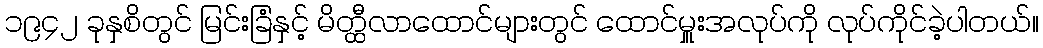
၁၉၄၂ ခုနှစိတွင် မြင်းခြံနှင့် မိတ္ထီလာထောင်များတွင် ထောင်မှူးအလုပ်ကို လုပ်ကိုင်ခဲ့ပါတယ်။